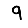
Digit: 9